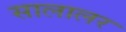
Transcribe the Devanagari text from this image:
सालालर